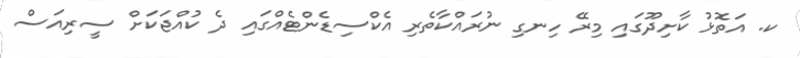
ކ. އަތޮޅު ކާށިދޫގައި މިރޭ ހިނގި ނުރައްކާތެރި އެކްސިޑެންޓެއްގައި ދެ ކުއްޖަކަށް ސީރިއަސް